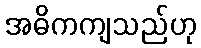
အဓိကကျသည်ဟု